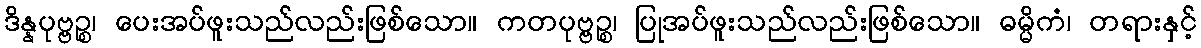
ဒိန္နပုဗ္ဗဉ္စ၊ ပေးအပ်ဖူးသည်လည်းဖြစ်သော။ ကတပုဗ္ဗဉ္စ၊ ပြုအပ်ဖူးသည်လည်းဖြစ်သော။ ဓမ္မိကံ၊ တရားနှင့်